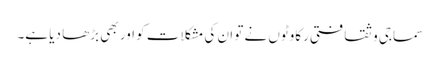
سماجی و ثقافتی رکاوٹوں نے تو ان کی مشکلات کو اور بھی بڑھا دیا ہے۔